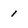
Character: 1